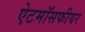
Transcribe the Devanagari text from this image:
ऐटमॉसफीयर